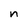
Character: n